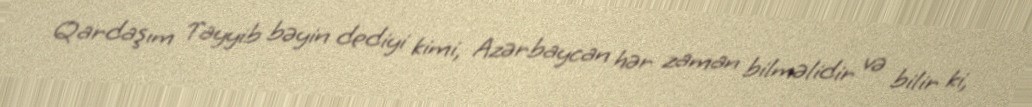
Qardaşım Tayyib bəyin dediyi kimi, Azərbaycan hər zaman bilməlidir və bilir ki,